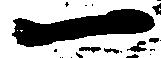
一